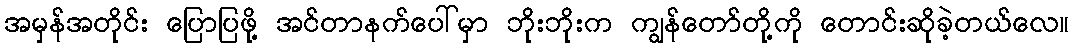
အမှန်အတိုင်း ပြောပြဖို့ အင်တာနက်ပေါ်မှာ ဘိုးဘိုးက ကျွန်တော်တို့ကို တောင်းဆိုခဲ့တယ်လေ။